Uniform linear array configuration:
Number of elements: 16
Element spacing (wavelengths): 0.25
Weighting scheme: cosine
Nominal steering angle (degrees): -60
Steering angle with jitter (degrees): -58.697
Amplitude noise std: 0.05
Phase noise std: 0.05

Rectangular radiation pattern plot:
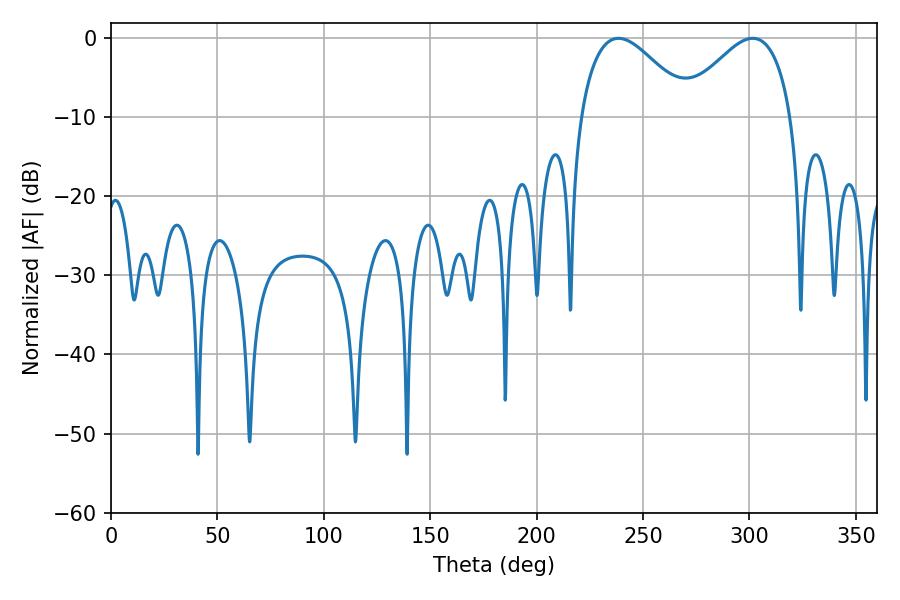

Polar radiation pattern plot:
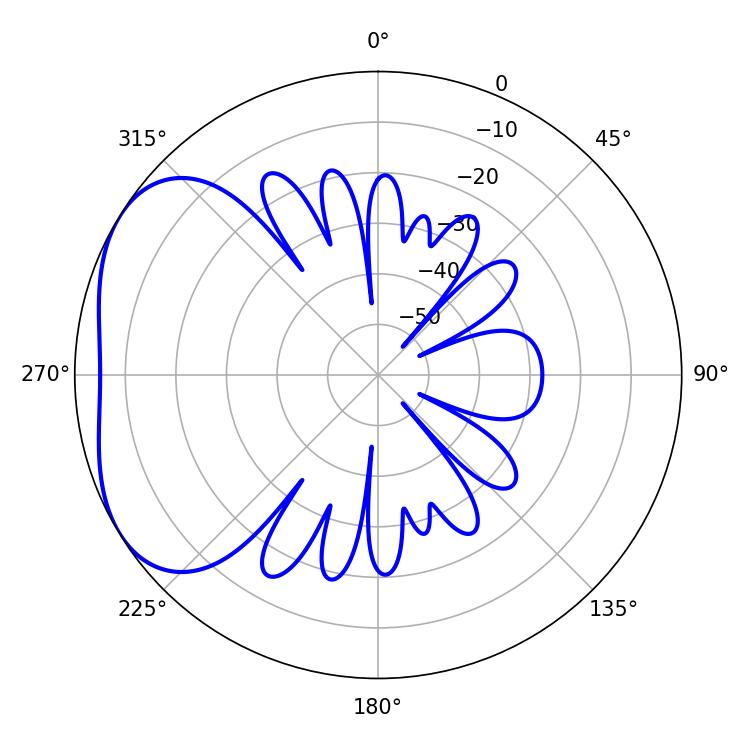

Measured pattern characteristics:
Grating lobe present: FALSE
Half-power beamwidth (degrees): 28.08
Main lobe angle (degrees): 238.5